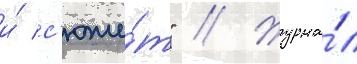
и́ с'юже́т" // Журна́л